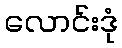
လောင်းဒုံ